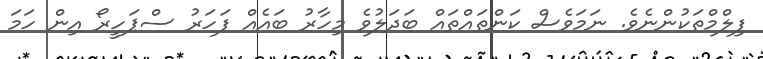
ފިލްމްތަކުންނެވެ. ނަމަވެސް ކަންތައްތައް ބަދަލުވެ މިހާރު ބައެއް ފަހަރު ސްޕަހީރޯ އިން ހަމަ